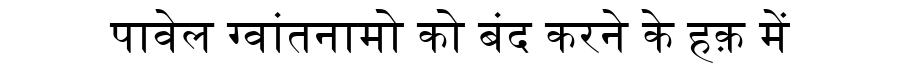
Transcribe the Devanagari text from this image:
पावेल ग्वांतनामो को बंद करने के हक़ में